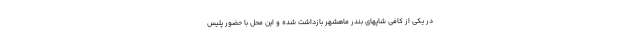
در یکی از کافی شاپهای بندر ماهشهر بازداشت شده و این محل با حضور پلیس